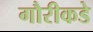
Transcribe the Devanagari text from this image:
गौरीकडे